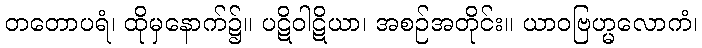
တတောပရံ၊ ထိုမှနောက်၌။ ပဋိဝါဋိယာ၊ အစဉ်အတိုင်း။ ယာဝဗြဟ္မလောကံ၊